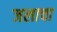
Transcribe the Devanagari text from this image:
जलाचा